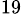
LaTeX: ^{19}